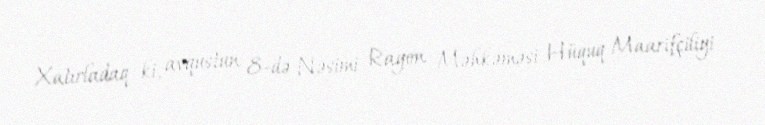
Xatırladaq ki, avqustun 8-də Nəsimi Rayon Məhkəməsi Hüquq Maarifçiliyi